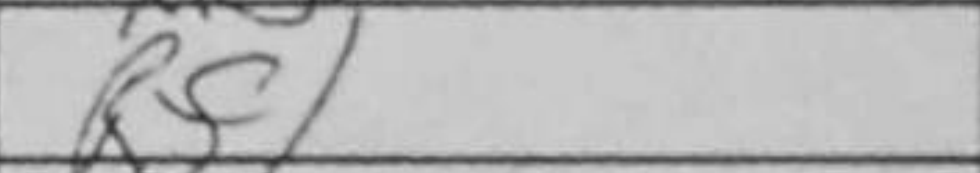
Transcription: Rf1